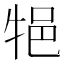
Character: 𤙝